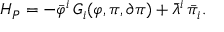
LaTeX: { \cal H } _ { P } = - \bar { \varphi } ^ { i } \, G _ { i } ( \varphi , \pi , \partial \pi ) + \bar { \lambda } ^ { i } \, \bar { \pi } _ { i } .